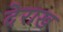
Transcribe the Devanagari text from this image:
देराख